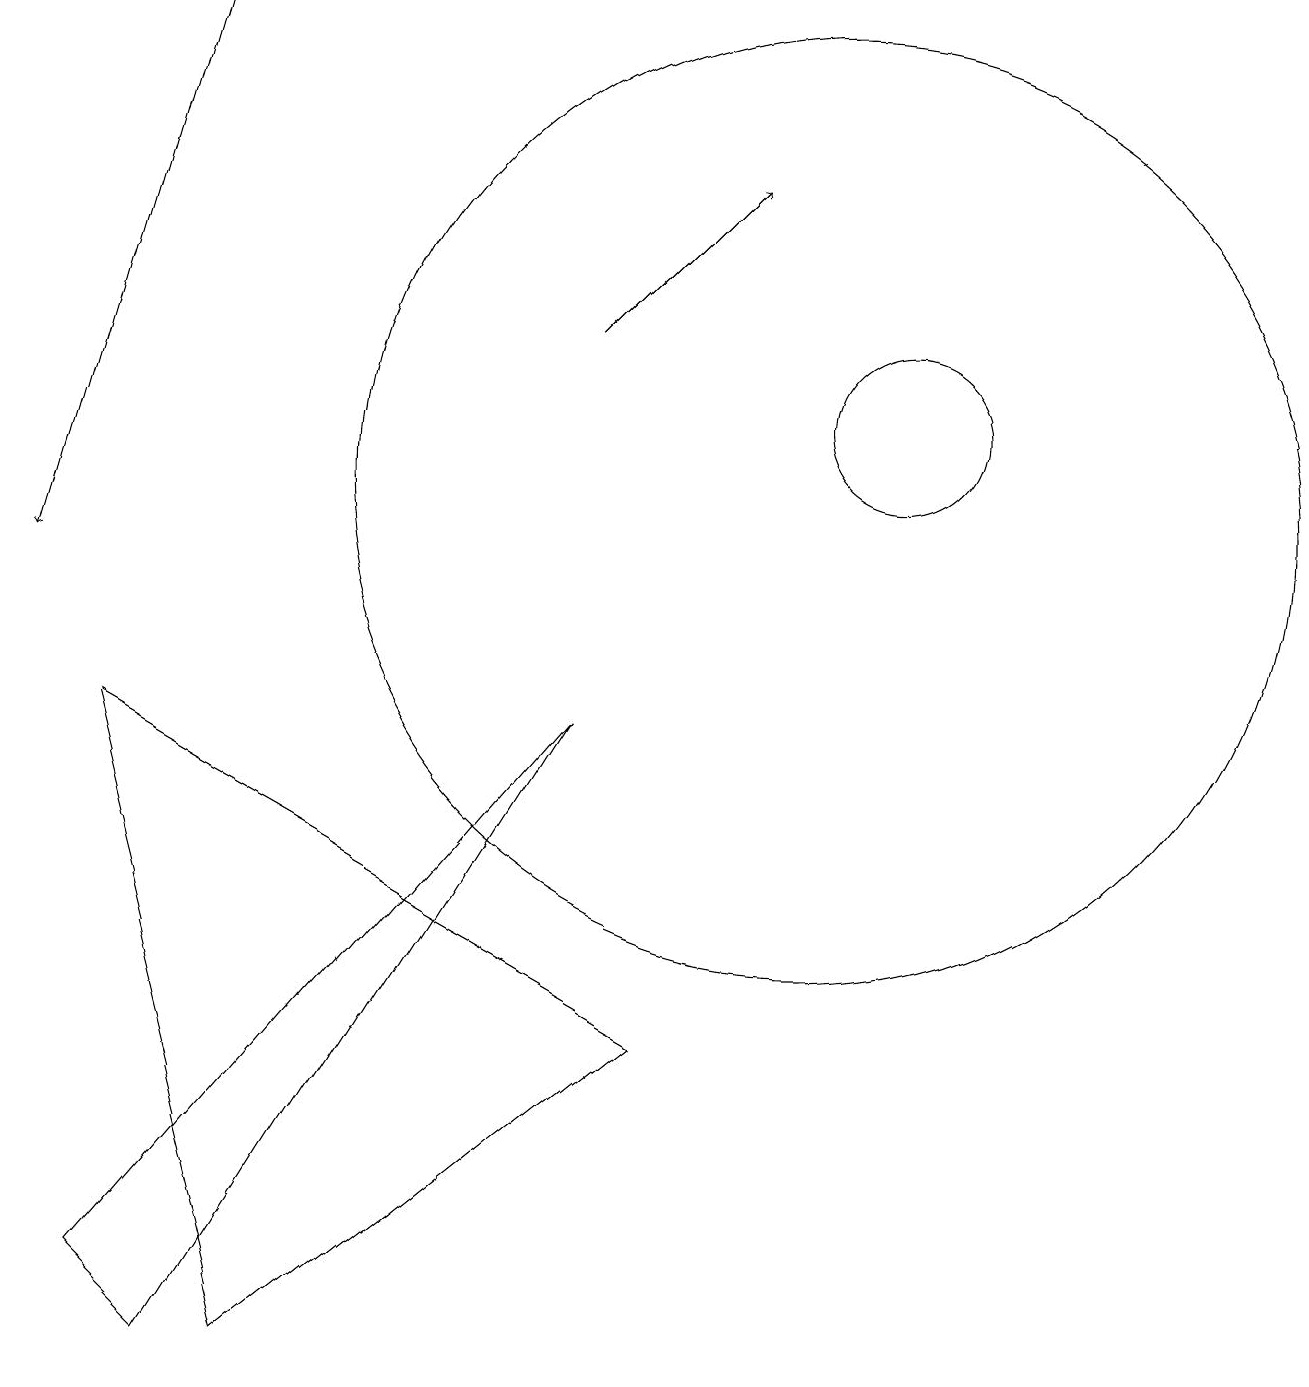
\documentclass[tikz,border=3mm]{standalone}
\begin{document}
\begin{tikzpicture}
\draw[->] (7,13) -- (9,15);
\draw[->] (2,17) -- (0,10);
\draw (11,12) circle (1);
\draw (1,1) -- (2,0) -- (7,8) -- cycle;
\draw (8,4) -- (1,8) -- (3,0) -- cycle;
\draw (10,11) circle (6);
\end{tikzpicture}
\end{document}